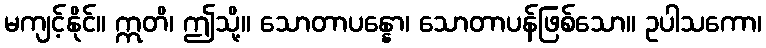
မကျင့်နိုင်။ ဣတိ၊ ဤသို့။ သောတာပန္နော၊ သောတာပန်ဖြစ်သော။ ဥပါသကော၊